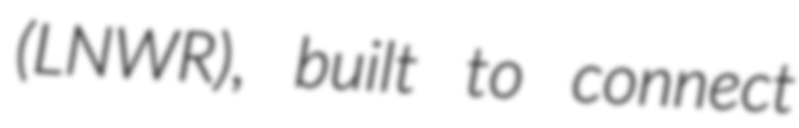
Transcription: (LNWR), built to connect